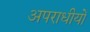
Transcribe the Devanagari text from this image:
अपराधीयों